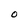
Character: O